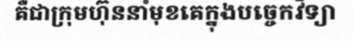
គឺជាក្រុមហ៊ុននាំមុខគេក្នុងបច្ចេកវិទ្យា